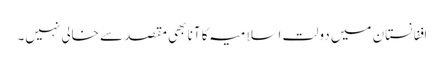
اففانستان میں دولت اسلامیہ کا آنا بھی مقصد سے خالی نہیں۔